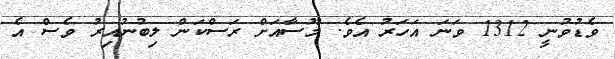
ވެޑުވުނީ 1312 ވަނަ އަހަރު އެވެ. މޫސާއަށް ރަސްކަން ލިބުނުއިރު ވެސް އެ